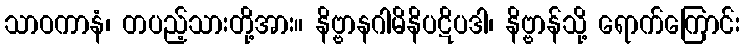
သာဝကာနံ၊ တပည့်သားတို့အား။ နိဗ္ဗာနဂါမိနိပဋိပဒါ၊ နိဗ္ဗာန်သို့ ရောက်ကြောင်း